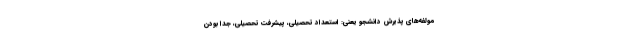
مولفه‌های پذیرش دانشجو یعنی: استعداد تحصیلی، پیشرفت تحصیلی، جدا بودن